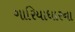
ગારિયાધારના